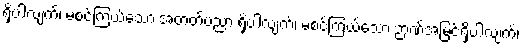
ရှိပါလျက်၊ မစင်ကြယ်သော အတတ်ပညာ ရှိပါလျက်၊ မစင်ကြယ်သော ဉာဏ်အမြင်ရှိပါလျက်၊